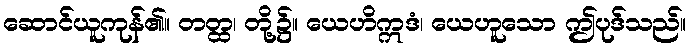
ဆောင်ယူကုန်၏။ တတ္ထ၊ တို့၌။ ယေဟိဣဒံ၊ ယေဟူသော ဤပုဒ်သည်။